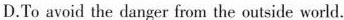
D.To avoid the danger from the outside world.